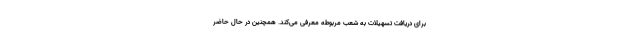
برای دریافت تسهیلات به شعب مربوطه معرفی می‌کند. همچنین در حال حاضر